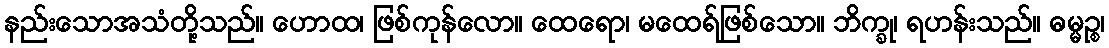
နည်းသောအသံတို့သည်။ ဟောထ၊ ဖြစ်ကုန်လော။ ထေရော၊ မထေရ်ဖြစ်သော။ ဘိက္ခု၊ ရဟန်းသည်။ ဓမ္မဉ္စ၊